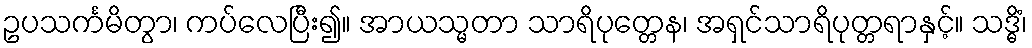
ဥပသင်္ကမိတွာ၊ ကပ်လေပြီး၍။ အာယသ္မတာ သာရိပုတ္တေန၊ အရှင်သာရိပုတ္တရာနှင့်။ သဒ္ဓိံ၊